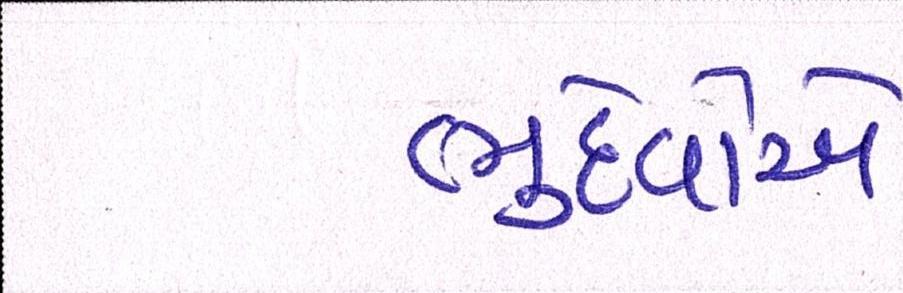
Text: ભુદેવોએ